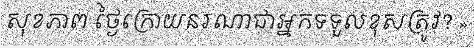
សុខភាព ថ្ងៃក្រោយនរណាជាអ្នកទទួលខុសត្រូវ? »